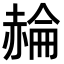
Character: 𧹪